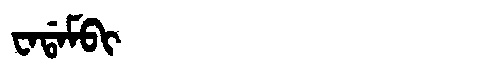
Manchu: ᠸᠠᡩᠠᠮᠪᡳ
Romanization: WADAMBI